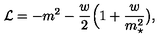
{ \cal L } = - m ^ { 2 } - { \frac { w } { 2 } } \Big ( 1 + { \frac { w } { m _ { \star } ^ { 2 } } } \big ) ,